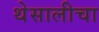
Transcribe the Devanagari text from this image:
थेसालीचा